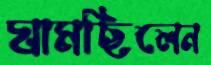
ঘামছিলেন